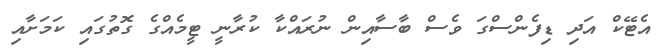
އެޓޭކް އަދި ޑިފެންސްގަ ވެސް ބާސާއިން ނުރައްކާ ކުރާނީ ޓީމެއްގެ ގޮތުގައި ކަމަށާއި